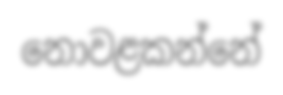
නොවළකන්නේ